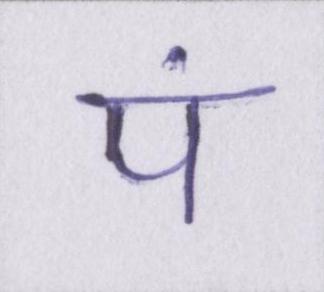
पं